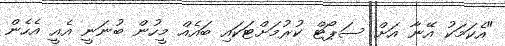
"އެކަމަކު އޭނާ އަށް ސަޕޯޓް ކުރުމަށްޓަކައި ބައެއް މީހުން ބުނަނީ އެއީ އެހެން